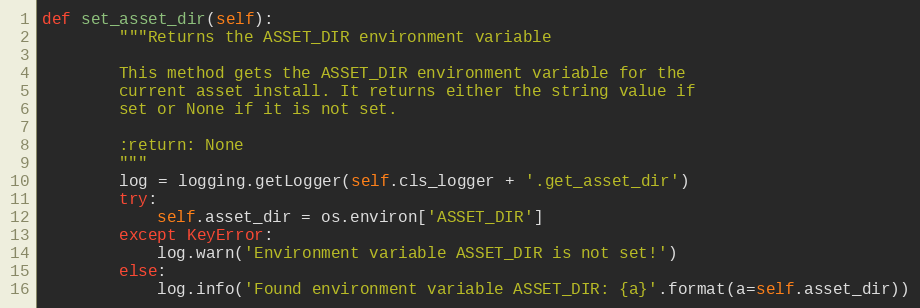
Language: Python
def set_asset_dir(self):
        """Returns the ASSET_DIR environment variable

        This method gets the ASSET_DIR environment variable for the
        current asset install. It returns either the string value if
        set or None if it is not set.

        :return: None
        """
        log = logging.getLogger(self.cls_logger + '.get_asset_dir')
        try:
            self.asset_dir = os.environ['ASSET_DIR']
        except KeyError:
            log.warn('Environment variable ASSET_DIR is not set!')
        else:
            log.info('Found environment variable ASSET_DIR: {a}'.format(a=self.asset_dir))